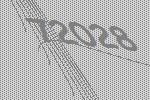
72028